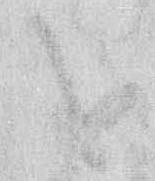
と